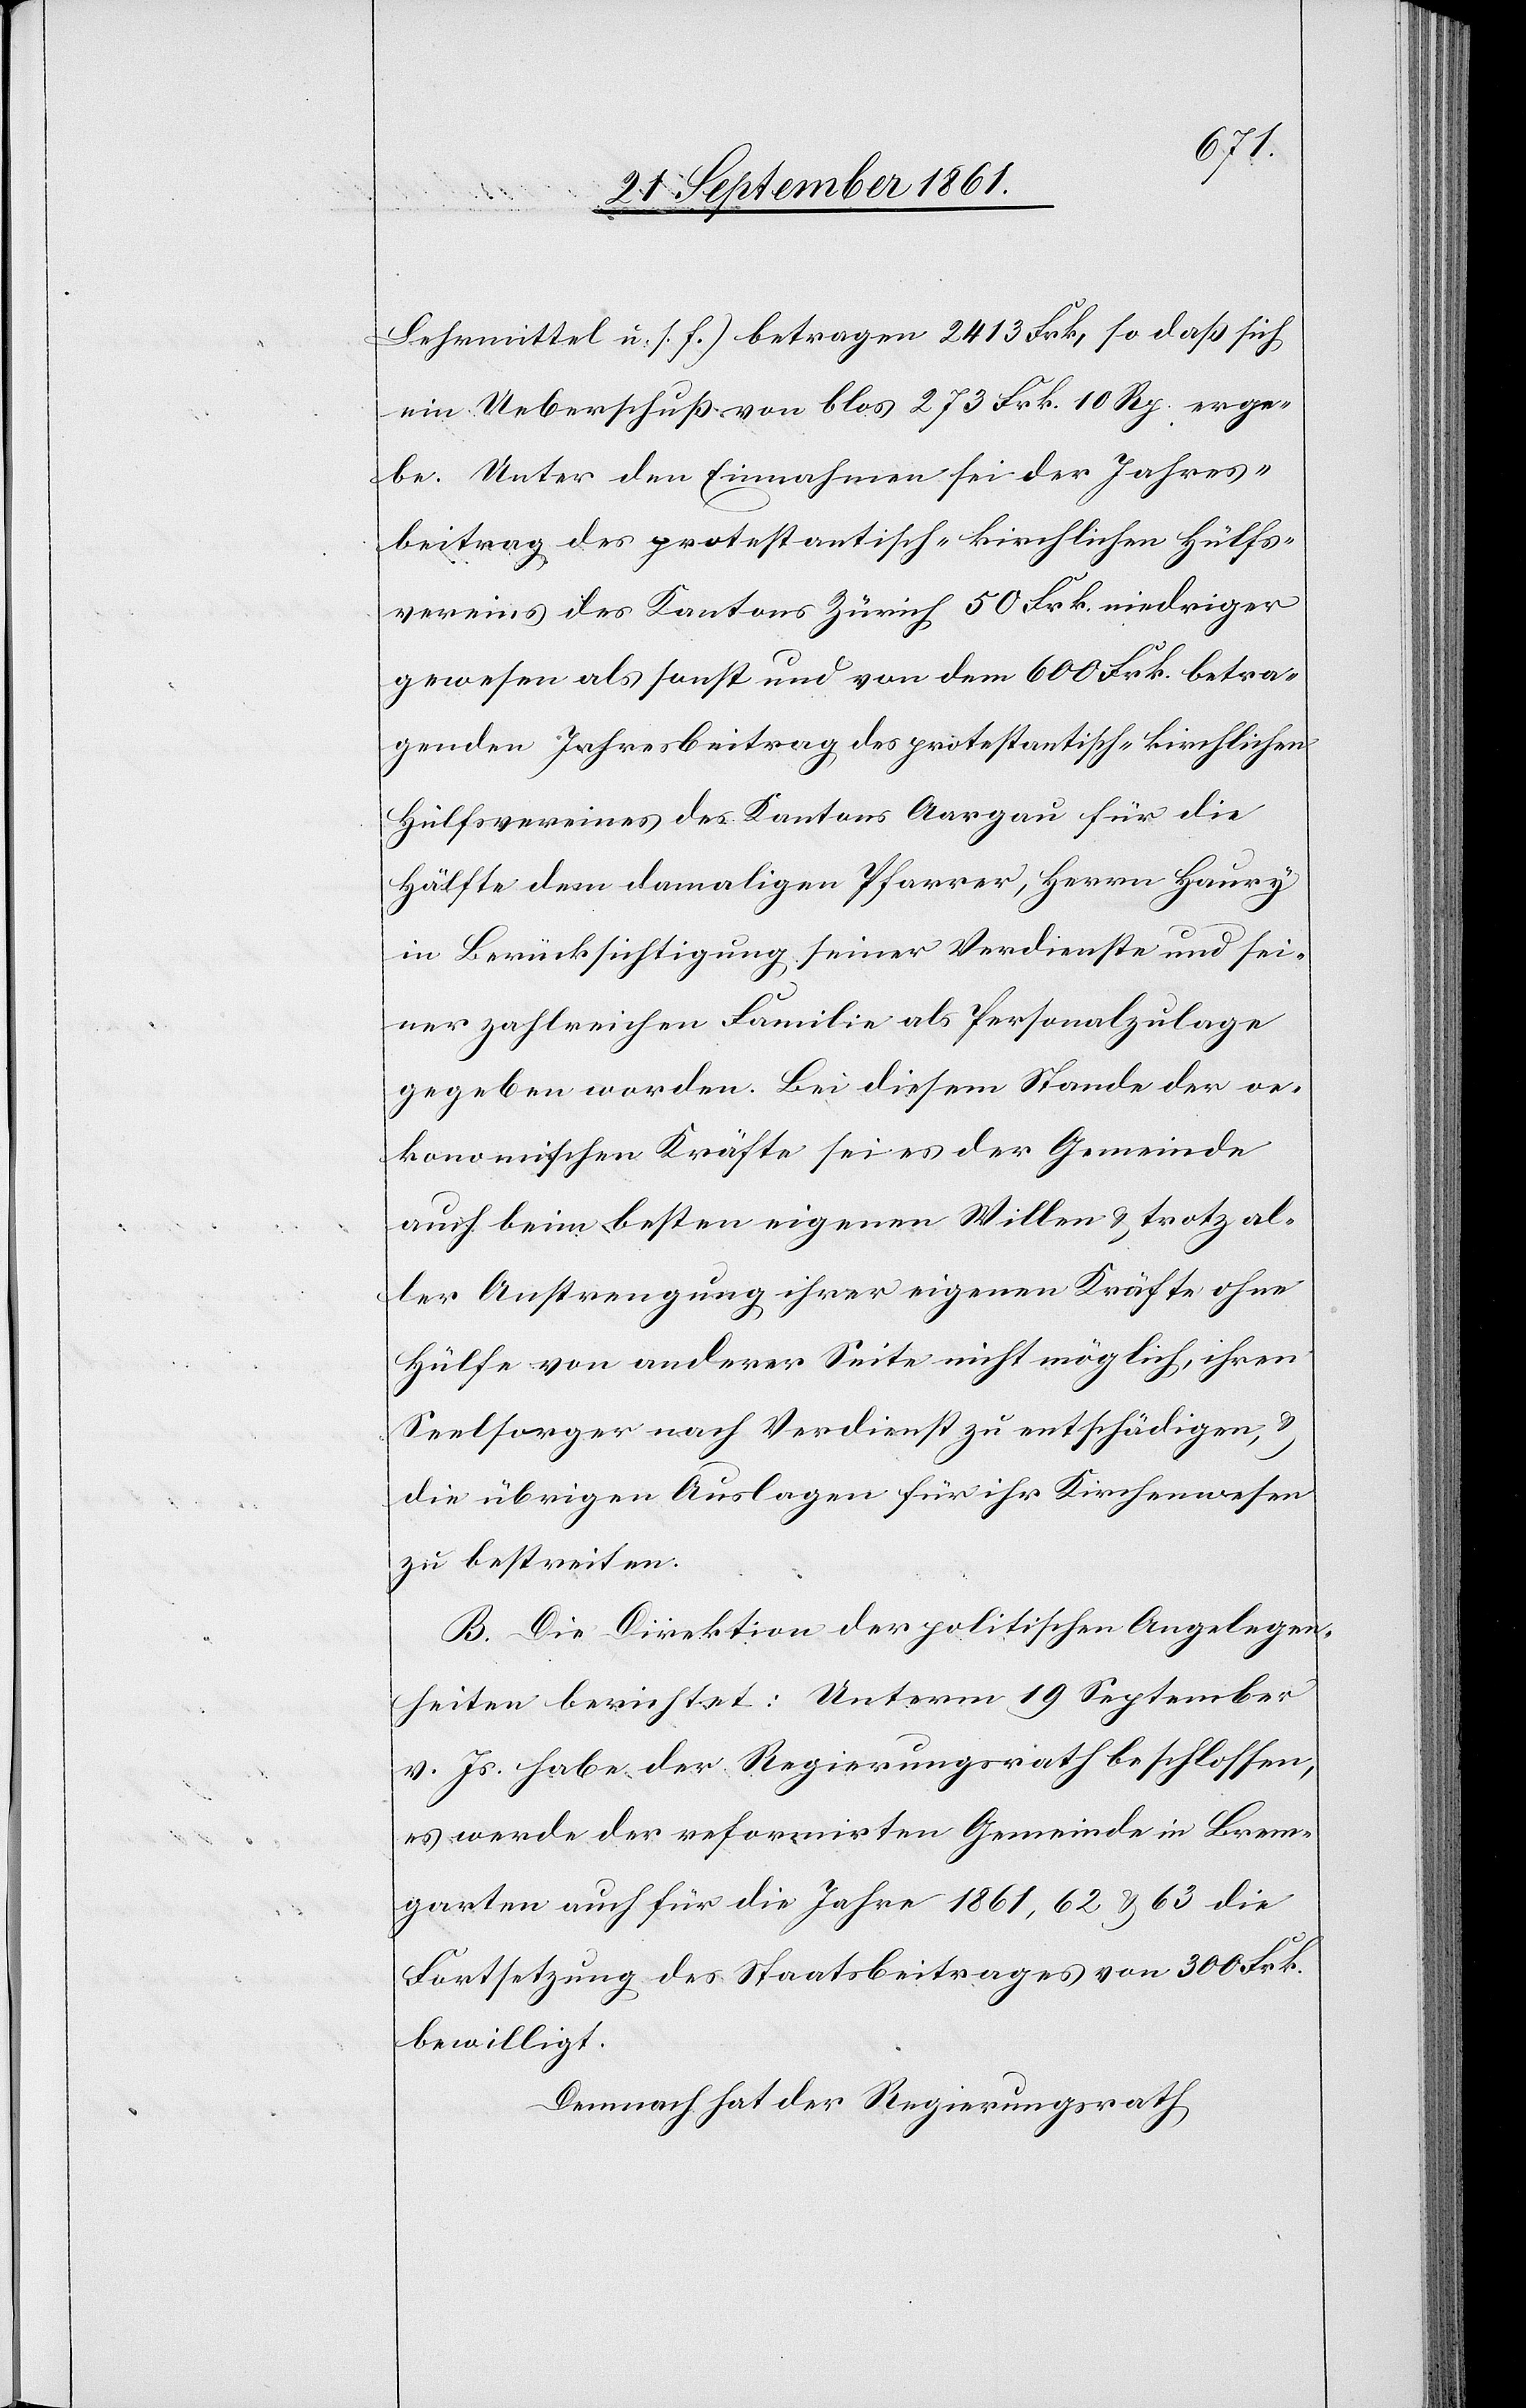
Lehrmittel u. s. f.) betragen 2413 Frk. so daß sich
ein Ueberschuß von blos 273 Frk. 10 Rp. erge¬
be. Unter den Einnahmen sei der Jahres¬
beitrag des protestantisch-kirchlichen Hülfs¬
vereins des Kantons Zürich 50 Frk. niedriger
gewesen als sonst und von dem 600 Frk. betra¬
genden Jahresbeitrag des protestantisch-kirchlichen
Hülfsvereines des Kantons Aargau für die
Hälfte dem damaligen Pfarrer, Herrn Haury
in Berücksichtigung seiner Verdienste und sei¬
ner zahlreichen Familie als Personalzulage
gegeben worden. Bei diesem Stande der oe¬
konomischen Kräfte sei es der Gemeinde
auch beim besten eigenen Willen u. trotz al¬
ler Anstrengung ihrer eigenen Kräfte ohne
Hülfe von anderer Seite nicht möglich ihren
Seelsorger nach Verdienst zu entschädigen, u.
die übrigen Auslagen für ihr Kirchenwesen
zu bestreiten.
B. Die Direktion der politischen Angelegen¬
heiten berichtet: Unterm 19 September
v. Js. habe der Regierungsrath beschlossen,
es werde der reformirten Gemeinde in Brem¬
garten auch für die Jahre 1861, 62 u. 63 die
Fortsetzung des Staatsbeitrages von 300 Frk.
bewilligt.
Demnach hat der Regierungsrath